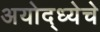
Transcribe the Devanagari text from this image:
अयोद्ध्येचे